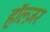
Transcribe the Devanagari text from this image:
हॉल्ज़र